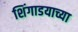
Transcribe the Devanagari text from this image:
शिंगाडयाच्या